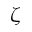
\zeta